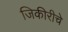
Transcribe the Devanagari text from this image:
जिकीरीचे